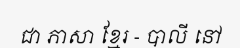
ជា ភាសា ខ្មែរ - បាលី នៅ